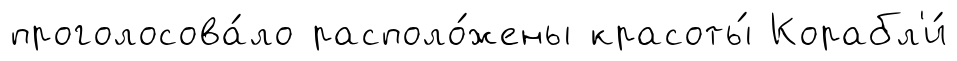
проголосова́ло располо́жены красоты́ Корабл'и́